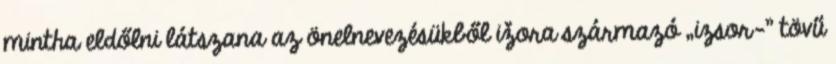
mintha eldőlni látszana az önelnevezésükből ižora származó „izsor-” tövű